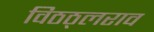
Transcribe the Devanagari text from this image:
विठठ्लराव